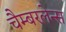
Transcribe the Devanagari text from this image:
चैम्बरलेन्स